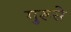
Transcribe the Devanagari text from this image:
गुरूसे